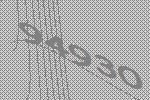
94930